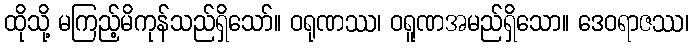
ထိုသို့ မကြည့်မိကုန်သည်ရှိသော်။ ဝရုဏဿ၊ ဝရူဏအမည်ရှိသော။ ဒေဝရာဇဿ၊